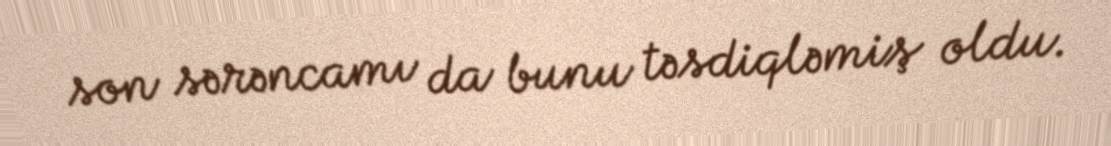
son sərəncamı da bunu təsdiqləmiş oldu.